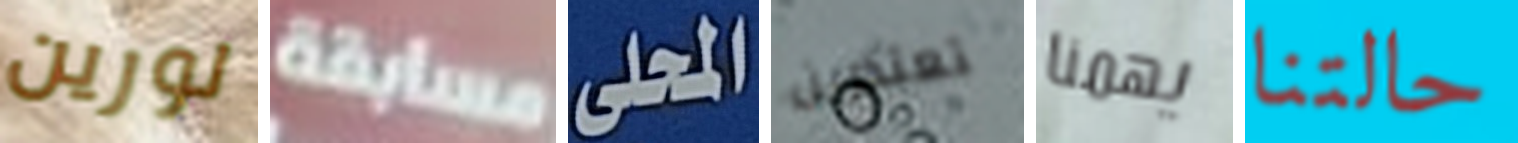
لورين مسابقة المحلى تعتذرين يهمنا حالتنا